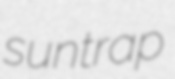
suntrap